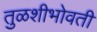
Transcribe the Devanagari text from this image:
तुळशीभोवती